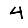
Digit: 4